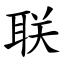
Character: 联